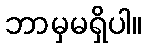
ဘာမှမရှိပါ။